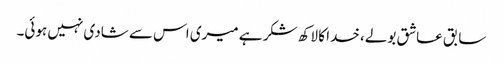
سابق عاشق بولے، خدا کا لاکھ شکر ہے میری اس سے شادی نہیں ہوئی۔